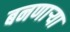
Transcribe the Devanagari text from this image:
बनणार्‍या